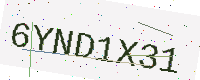
Text: 6YND1X31